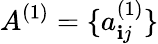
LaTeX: A^{(1)}=\{ a_{\mathbf{i}j}^{(1)}\}